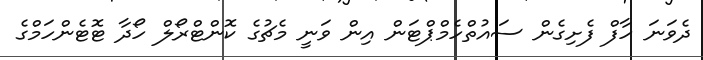
ދެވަނަ ހާފް ފެށިގެން ސައުތްހެމްޕްޓަން އިން ވަނީ މެޗުގެ ކޮންޓްރޯލް ހޯދާ ޓޮޓެންހަމްގެ